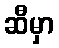
ဆီမှာ